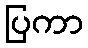
ပြကာ